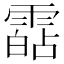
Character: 𩄷